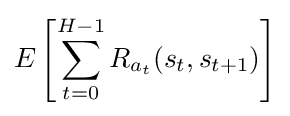
E\left[\sum _{t=0}^{H-1}{R_{a_{t}}(s_{t},s_{t+1})}\right]